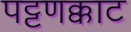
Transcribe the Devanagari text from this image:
पट्टणक्काट